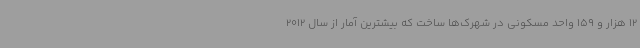
12 هزار و 159 واحد مسکونی در شهرک‌ها ساخت که بیشترین آمار از سال 2012